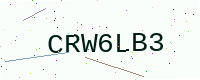
Text: CRW6LB3